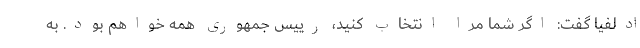
ادلفیا گفت: اگر شما مرا انتخاب کنید، رییس جمهوری همه خواهم بود. به